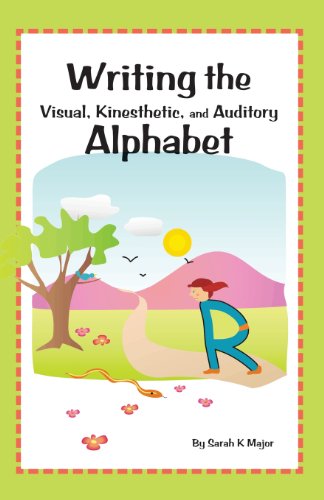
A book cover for Writing the Visual, Kinesthetic, and Auditory Alphabet; Sarah K. Major; Reference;